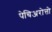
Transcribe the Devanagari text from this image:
पेचिअरोत्तो